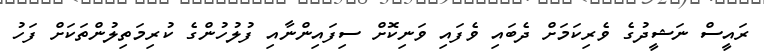
ރައީސް ނަޝީދުގެ ވެރިކަމަށް ދެބައި ވެފައި ވަނިކޮށް ސިފައިންނާއި ފުލުހުންގެ ކުރިމަތިލުންތަކަށް ފަހު